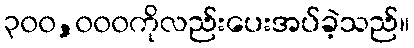
၃၀၀,၀၀၀ကိုလည်းပေးအပ်ခဲ့သည်။